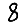
Digit: 8